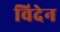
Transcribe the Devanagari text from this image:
विदेन